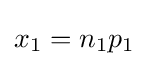
x_{1}=n_{1}p_{1}